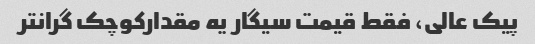
پیک عالی، فقط قیمت سیگار یه مقدارکوچک گرانتر